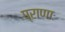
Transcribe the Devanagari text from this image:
प्राणाः